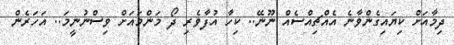
ދިމާއަށް ކިޔައިގެންވާނެ އެއްޗިއްސެއް ނޫނޭ.. ކިހާ އުފާވެރި ދޯ މަންމައަށް ވިސްނުނީމަ.. އަހަރެން